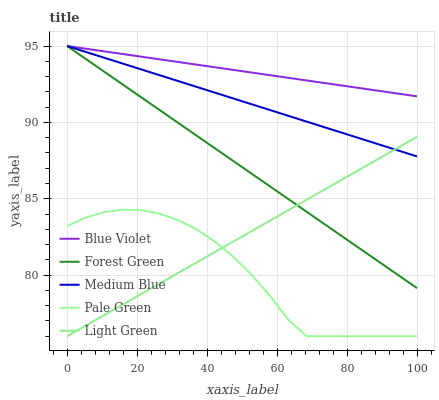
| xaxis_label | Blue Violet | Forest Green | Medium Blue | Pale Green | Light Green |
 | --- | --- | --- | --- | --- | --- |
 | 0 | 95 | 95 | 95 | 83.2 | 76 |
 | 5.26 | 94.8 | 94.2 | 94.6 | 83.8 | 76.7 |
 | 10.5 | 94.7 | 93.3 | 94.2 | 84.1 | 77.4 |
 | 15.8 | 94.5 | 92.5 | 93.9 | 84.3 | 78.1 |
 | 21.1 | 94.3 | 91.7 | 93.5 | 84.3 | 78.7 |
 | 26.3 | 94.1 | 90.8 | 93.1 | 84 | 79.4 |
 | 31.6 | 94 | 90 | 92.7 | 83.6 | 80.1 |
 | 36.8 | 93.8 | 89.2 | 92.3 | 83 | 80.8 |
 | 42.1 | 93.6 | 88.3 | 92 | 82.2 | 81.5 |
 | 47.4 | 93.4 | 87.5 | 91.6 | 81.2 | 82.2 |
 | 52.6 | 93.3 | 86.7 | 91.2 | 80 | 82.9 |
 | 57.9 | 93.1 | 85.8 | 90.8 | 78.7 | 83.6 |
 | 63.2 | 92.9 | 85 | 90.4 | 77.1 | 84.2 |
 | 68.4 | 92.7 | 84.2 | 90.1 | 76 | 84.9 |
 | 73.7 | 92.6 | 83.3 | 89.7 | 76 | 85.6 |
 | 78.9 | 92.4 | 82.5 | 89.3 | 76 | 86.3 |
 | 84.2 | 92.2 | 81.7 | 88.9 | 76 | 87 |
 | 89.5 | 92.1 | 80.8 | 88.5 | 76 | 87.7 |
 | 94.7 | 91.9 | 80 | 88.2 | 76 | 88.4 |
 | 100 | 91.7 | 79.2 | 87.8 | 76 | 89.1 |